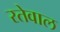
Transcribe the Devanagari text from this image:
रतेवाल